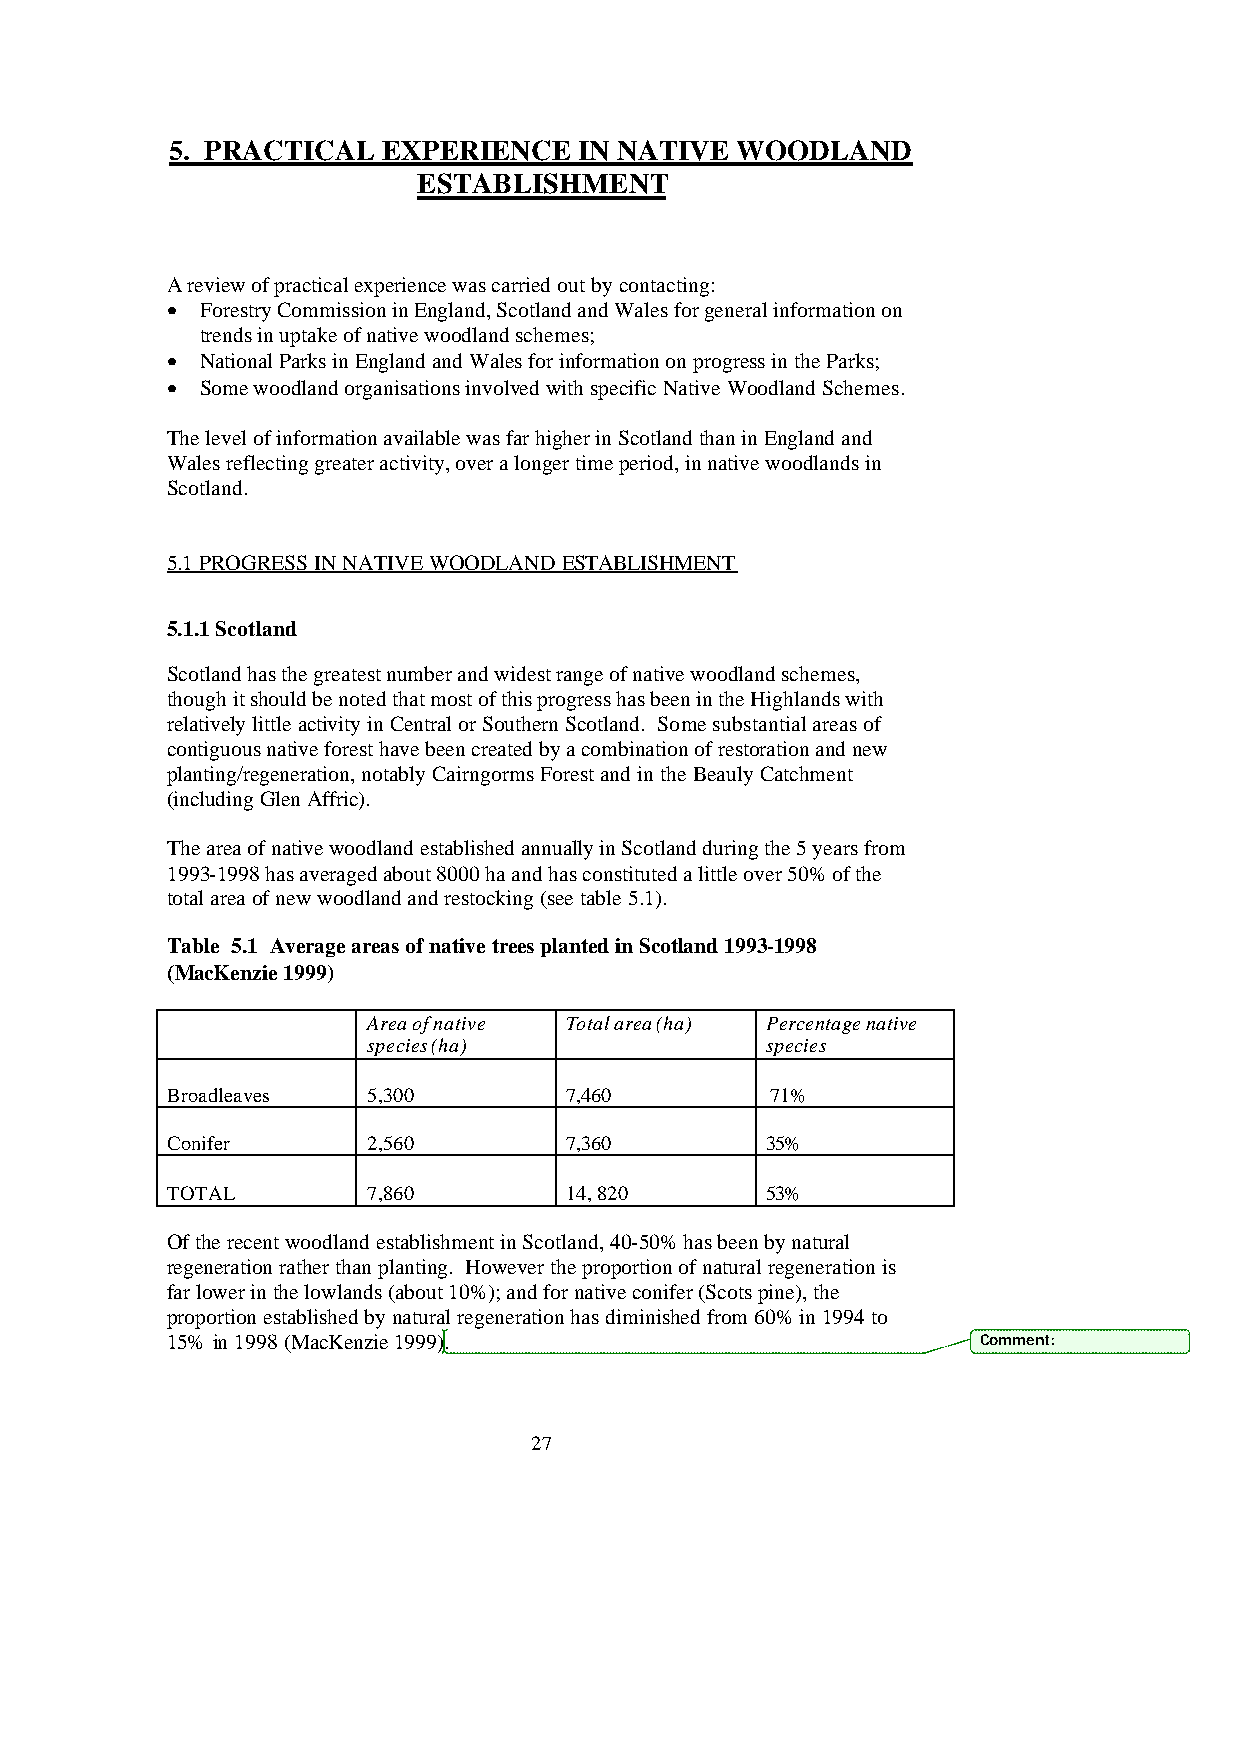
5. PRACTICAL  EXPERIENCE   IN NATIVE  WOODLAND
 ESTABLISHMENT
 A review of practical experience was carried out by contacting:
 • Forestry Commission in England, Scotland and Wales for general information on
 trends in uptake of native woodland schemes;
 • National Parks in England and Wales for information on progress in the Parks;
 • Some woodland organisations involved with specific Native Woodland Schemes.
 The level of information available was far higher in Scotland than in England and
 Wales reflecting greater activity, over a longer time period, in native woodlands in
 Scotland.
 5.1 PROGRESS IN NATIVE WOODLAND ESTABLISHMENT
 5.1.1 Scotland
 Scotland has the greatest number and widest range of native woodland schemes,
 though it should be noted that most of this progress has been in the Highlands with
 relatively little activity in Central or Southern Scotland. Some substantial areas of
 contiguous native forest have been created by a combination of restoration and new
 planting/regeneration, notably Cairngorms Forest and in the Beauly Catchment
 (including Glen Affric).
 The area of native woodland established annually in Scotland during the 5 years from
 1993-1998 has averaged about 8000 ha and has constituted a little over 50% of the
 total area of new woodland and restocking (see table 5.1).
 Table 5.1 Average areas of native trees planted in Scotland 1993-1998
 (MacKenzie 1999)
 Area of native Total area (ha) Percentage native
 species (ha)               species
 Broadleaves  5,300        7,460         71%
 Conifer      2,560        7,360         35%
 TOTAL        7,860        14, 820       53%
 Of the recent woodland establishment in Scotland, 40-50% has been by natural
 regeneration rather than planting. However the proportion of natural regeneration is
 far lower in the lowlands (about 10%); and for native conifer (Scots pine), the
 proportion established by natural regeneration has diminished from 60% in 1994 to
 15% in 1998 (MacKenzie 1999).                         Comment:
 27